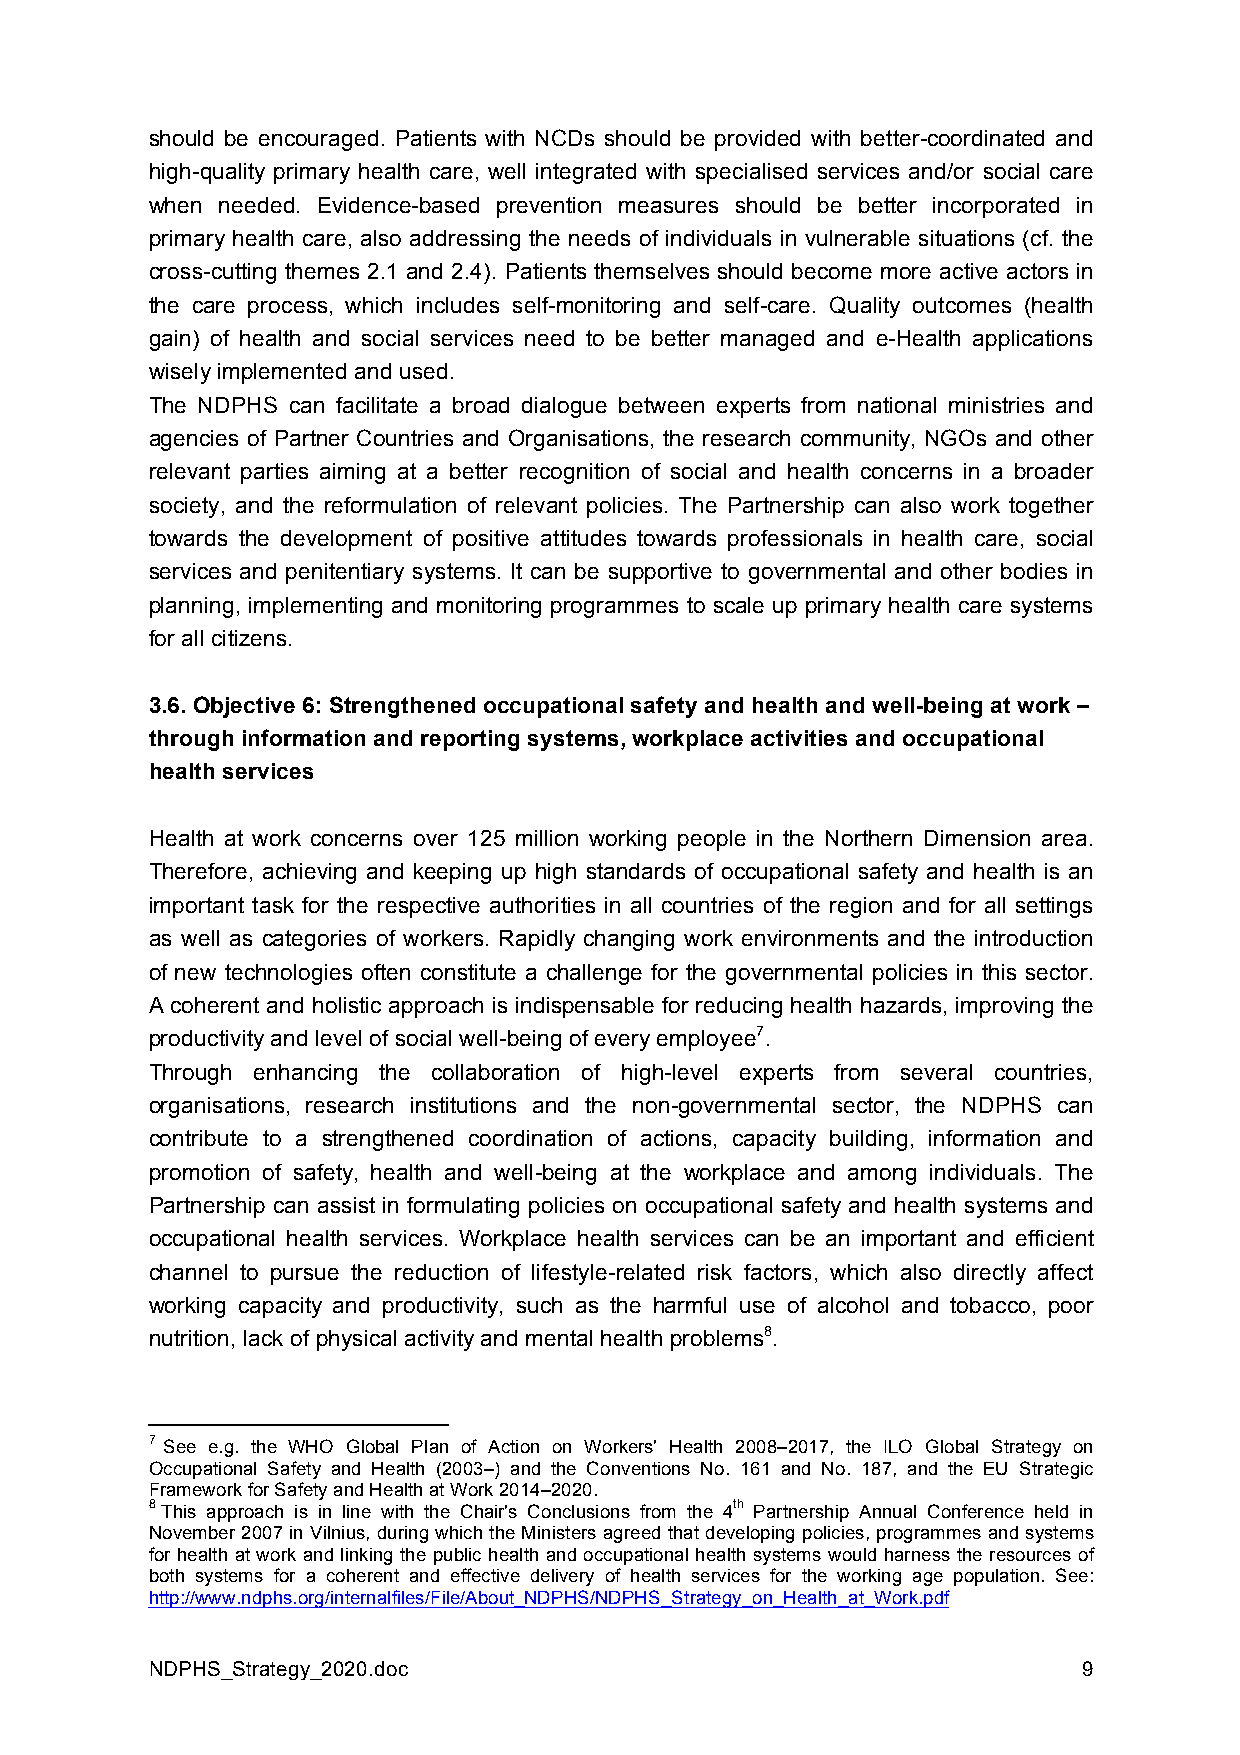
should be encouraged. Patients with NCDs should be provided with better-coordinated and
 high-quality primary health care, well integrated with specialised services and/or social care
 when needed. Evidence-based prevention measures should be better incorporated in
 primary health care, also addressing the needs of individuals in vulnerable situations (cf. the
 cross-cutting themes 2.1 and 2.4). Patients themselves should become more active actors in
 the care process, which includes self-monitoring and self-care. Quality outcomes (health
 gain) of health and social services need to be better managed and e-Health applications
 wisely implemented and used.
 The NDPHS can facilitate a broad dialogue between experts from national ministries and
 agencies of Partner Countries and Organisations, the research community, NGOs and other
 relevant parties aiming at a better recognition of social and health concerns in a broader
 society, and the reformulation of relevant policies. The Partnership can also work together
 towards the development of positive attitudes towards professionals in health care, social
 services and penitentiary systems. It can be supportive to governmental and other bodies in
 planning, implementing and monitoring programmes to scale up primary health care systems
 for all citizens.
 3.6. Objective 6: Strengthened occupational safety and health and well-being at work –
 through information and reporting systems, workplace activities and occupational
 health services
 Health at work concerns over 125 million working people in the Northern Dimension area.
 Therefore, achieving and keeping up high standards of occupational safety and health is an
 important task for the respective authorities in all countries of the region and for all settings
 as well as categories of workers. Rapidly changing work environments and the introduction
 of new technologies often constitute a challenge for the governmental policies in this sector.
 A coherent and holistic approach is indispensable for reducing health hazards, improving the
 productivity and level of social well-being of every employee7.
 Through enhancing the collaboration of high-level experts from several countries,
 organisations, research institutions and the non-governmental sector, the NDPHS can
 contribute to a strengthened coordination of actions, capacity building, information and
 promotion of safety, health and well-being at the workplace and among individuals. The
 Partnership can assist in formulating policies on occupational safety and health systems and
 occupational health services. Workplace health services can be an important and efficient
 channel to pursue the reduction of lifestyle-related risk factors, which also directly affect
 working capacity and productivity, such as the harmful use of alcohol and tobacco, poor
 nutrition, lack of physical activity and mental health problems8.
 7 See e.g. the WHO Global Plan of Action on Workers' Health 2008–2017, the ILO Global Strategy on
 Occupational Safety and Health (2003–) and the Conventions No. 161 and No. 187, and the EU Strategic
 Framework for Safety and Health at Work 2014–2020.
 8 This approach is in line with the Chair's Conclusions from the 4th Partnership Annual Conference held in
 November 2007 in Vilnius, during which the Ministers agreed that developing policies, programmes and systems
 for health at work and linking the public health and occupational health systems would harness the resources of
 both systems for a coherent and effective delivery of health services for the working age population. See:
 http://www.ndphs.org/internalfiles/File/About_NDPHS/NDPHS_Strategy_on_Health_at_Work.pdf
 NDPHS_Strategy_2020.doc                                       9